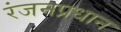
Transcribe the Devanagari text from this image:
रंजनप्रधान